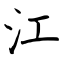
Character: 江